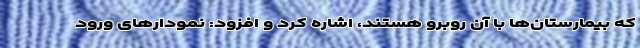
که بیمارستان‌ها با آن روبرو هستند، اشاره کرد و افزود: نمودارهای ورود